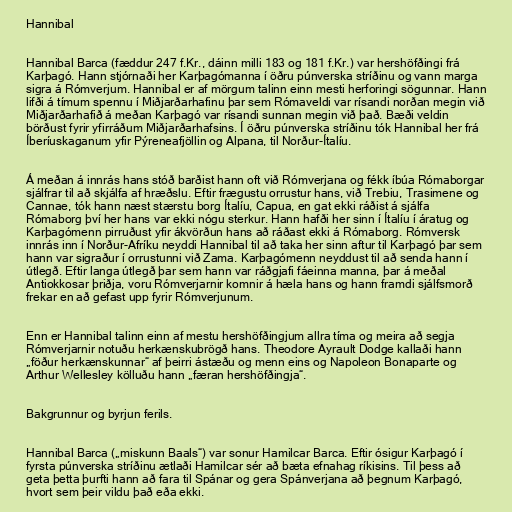
Hannibal

Hannibal Barca (fæddur 247 f.Kr., dáinn milli 183 og 181 f.Kr.) var hershöfðingi frá
Karþagó. Hann stjórnaði her Karþagómanna í öðru púnverska stríðinu og vann marga
sigra á Rómverjum. Hannibal er af mörgum talinn einn mesti herforingi sögunnar. Hann
lifði á tímum spennu í Miðjarðarhafinu þar sem Rómaveldi var rísandi norðan megin við
Miðjarðarhafið á meðan Karþagó var rísandi sunnan megin við það. Bæði veldin
börðust fyrir yfirráðum Miðjarðarhafsins. Í öðru púnverska stríðinu tók Hannibal her frá
Íberíuskaganum yfir Pýreneafjöllin og Alpana, til Norður-Ítalíu.

Á meðan á innrás hans stóð barðist hann oft við Rómverjana og fékk íbúa Rómaborgar
sjálfrar til að skjálfa af hræðslu. Eftir frægustu orrustur hans, við Trebiu, Trasimene og
Cannae, tók hann næst stærstu borg Ítalíu, Capua, en gat ekki ráðist á sjálfa
Rómaborg því her hans var ekki nógu sterkur. Hann hafði her sinn í Ítalíu í áratug og
Karþagómenn pirruðust yfir ákvörðun hans að ráðast ekki á Rómaborg. Rómversk
innrás inn í Norður-Afríku neyddi Hannibal til að taka her sinn aftur til Karþagó þar sem
hann var sigraður í orrustunni við Zama. Karþagómenn neyddust til að senda hann í
útlegð. Eftir langa útlegð þar sem hann var ráðgjafi fáeinna manna, þar á meðal
Antiokkosar þriðja, voru Rómverjarnir komnir á hæla hans og hann framdi sjálfsmorð
frekar en að gefast upp fyrir Rómverjunum.

Enn er Hannibal talinn einn af mestu hershöfðingjum allra tíma og meira að segja
Rómverjarnir notuðu herkænskubrögð hans. Theodore Ayrault Dodge kallaði hann
„föður herkænskunnar“ af þeirri ástæðu og menn eins og Napoleon Bonaparte og
Arthur Wellesley kölluðu hann „færan hershöfðingja“.

Bakgrunnur og byrjun ferils.

Hannibal Barca („miskunn Baals“) var sonur Hamilcar Barca. Eftir ósigur Karþagó í
fyrsta púnverska stríðinu ætlaði Hamilcar sér að bæta efnahag ríkisins. Til þess að
geta þetta þurfti hann að fara til Spánar og gera Spánverjana að þegnum Karþagó,
hvort sem þeir vildu það eða ekki.